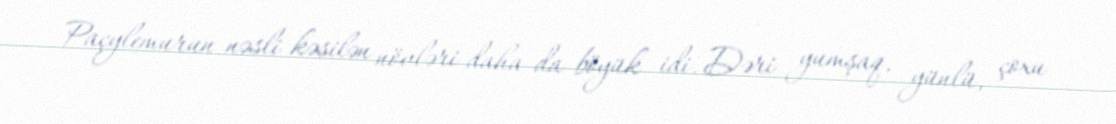
Paçylemurun nəsli kəsilən növləri daha da böyük idi. Dəri yumşaq, yünlü, çoxu